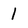
Character: 1